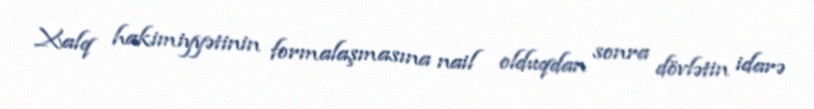
Xalq hakimiyyətinin formalaşmasına nail olduqdan sonra dövlətin idarə